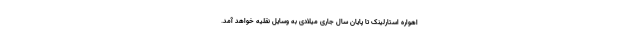
اهواره استارلینک تا پایان سال جاری میلادی به وسایل نقلیه خواهد آمد.